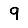
Digit: 9